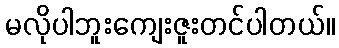
မလိုပါဘူးကျေးဇူးတင်ပါတယ်။